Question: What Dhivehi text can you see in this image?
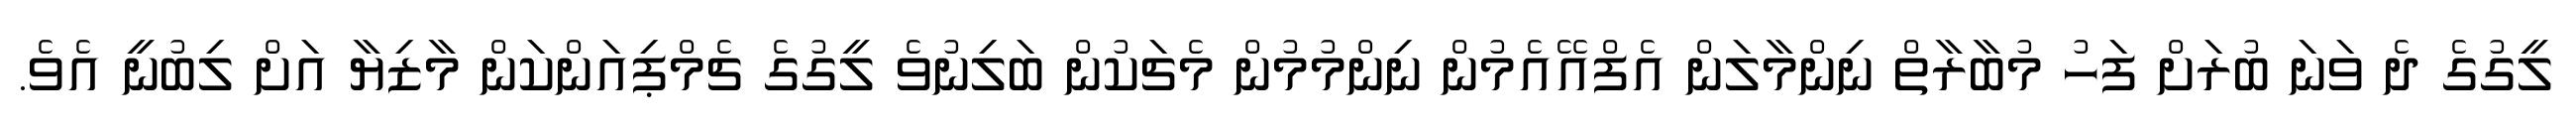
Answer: ލީގުގެ ދެ ވަނަ ބުރަށް ފަހު މުބާރާތް ނިންމާލަން އެފްއޭއެމުން ނިންމުމުން މެޗަކުން ބަލިނުވެ ލީގުގެ ޗެމްޕިއަންކަން މާޒިޔާ އަށް ލިބުނީ އެވެ.